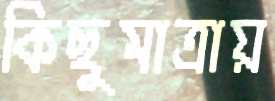
কিছুমাত্রায়